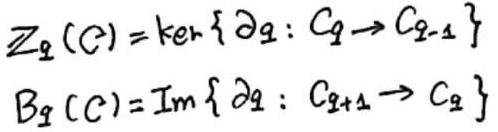
\[
\begin{align*}
Z_q(C)&=\ker\{\partial_q:C_q\rightarrow C_{q - 1}\}\\
B_q(C)&=\text{Im}\{\partial_q:C_{q+1}\rightarrow C_q\}
\end{align*}
\]